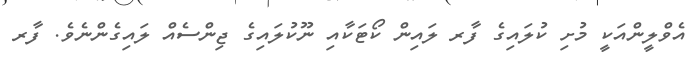
އެވްލީންއަކީ މުށި ކުލައިގެ ފާރ ލައިން ކޯޓަކާއި ނޫކުލައިގެ ޖިންސެއް ލައިގެންނެވެ. ފާރ